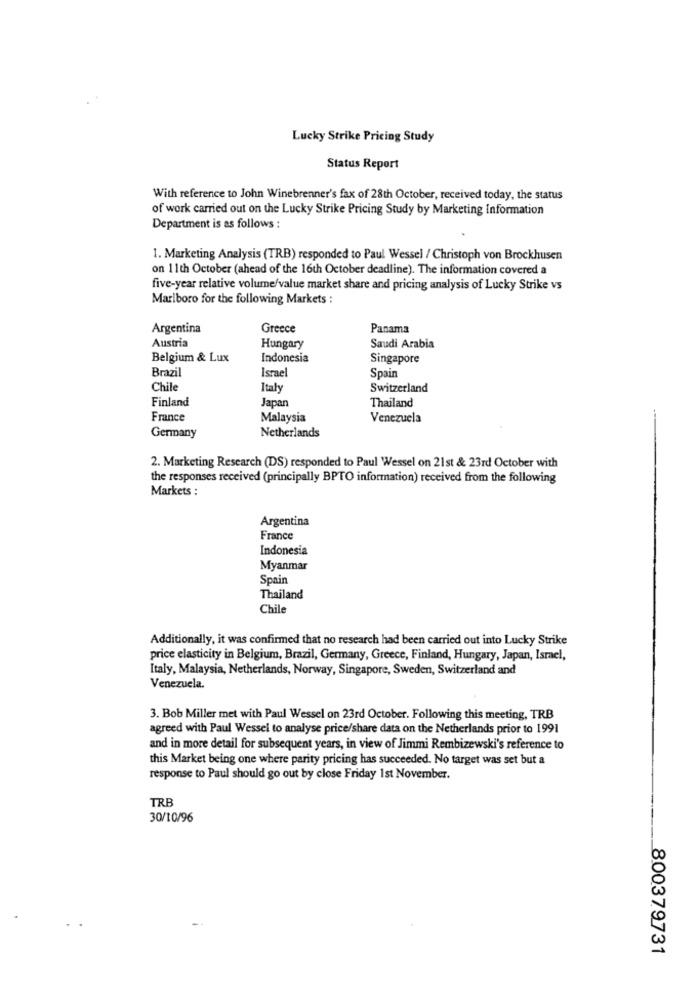
Lucky Strike Pricing Study
Status Report
With reference to John Winebrenner's fax of 28th October, received today, the status
of work carried out on the Lucky Strike Pricing Study by Marketing Information
Department is as follows :
1. Marketing Analysis (TRB) responded to Paul Wessel / Christoph von Brockhusen
on 11th October (ahead of the 16th October deadline). The information covered a
five-year relative volume/value market share and pricing analysis of Lucky Strike vs
Marlboro for the following Markets :
Argentina
Greece
Panama
Austria
Hungary
Saudi Arabia
Belgium & Lux
Indonesia
Singapore
Brazil
Israel
Spain
Chile
Italy
Switzerland
Finland
Japan
Thailand
France
Malaysia
Venezuela
Netherlands
Germany
2. Marketing Research (DS) responded to Paul Wessel on 21st & 23rd October with
the responses received (principally BPTO information) received from the following
Markets :
Argentina
France
Indonesia
Myanmar
Spain
Thailand
Chile
Additionally, it was confirmed that no research had been carried out into Lucky Strike
price elasticity in Belgium, Brazil, Germany, Greece, Finland, Hungary, Japan, Israel,
Italy, Malaysia, Netherlands, Norway, Singapore, Sweden, Switzerland and
Venezuela.
3. Bob Miller met with Paul Wessel on 23rd October. Following this meeting, TRB
agreed with Paul Wessel to analyse price/share data on the Netherlands prior to 1991
and in more detail for subsequent years, in view of Jimmi Rembizewski's reference to
this Market being one where parity pricing has succeeded. No target was set but a
response to Paul should go out by close Friday 1st November.
TRB
30/10/96
800379731